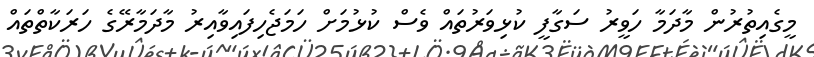
މީގެއިތުރުން މާދަމާ ހަވީރު ސަގާފީ ކުޅިވަރުތައް ވެސް ކުޅުމަށް ހަމަޖެހިފައިވާއިރު މާދަމާރޭގެ ހަރަކާތްތައް